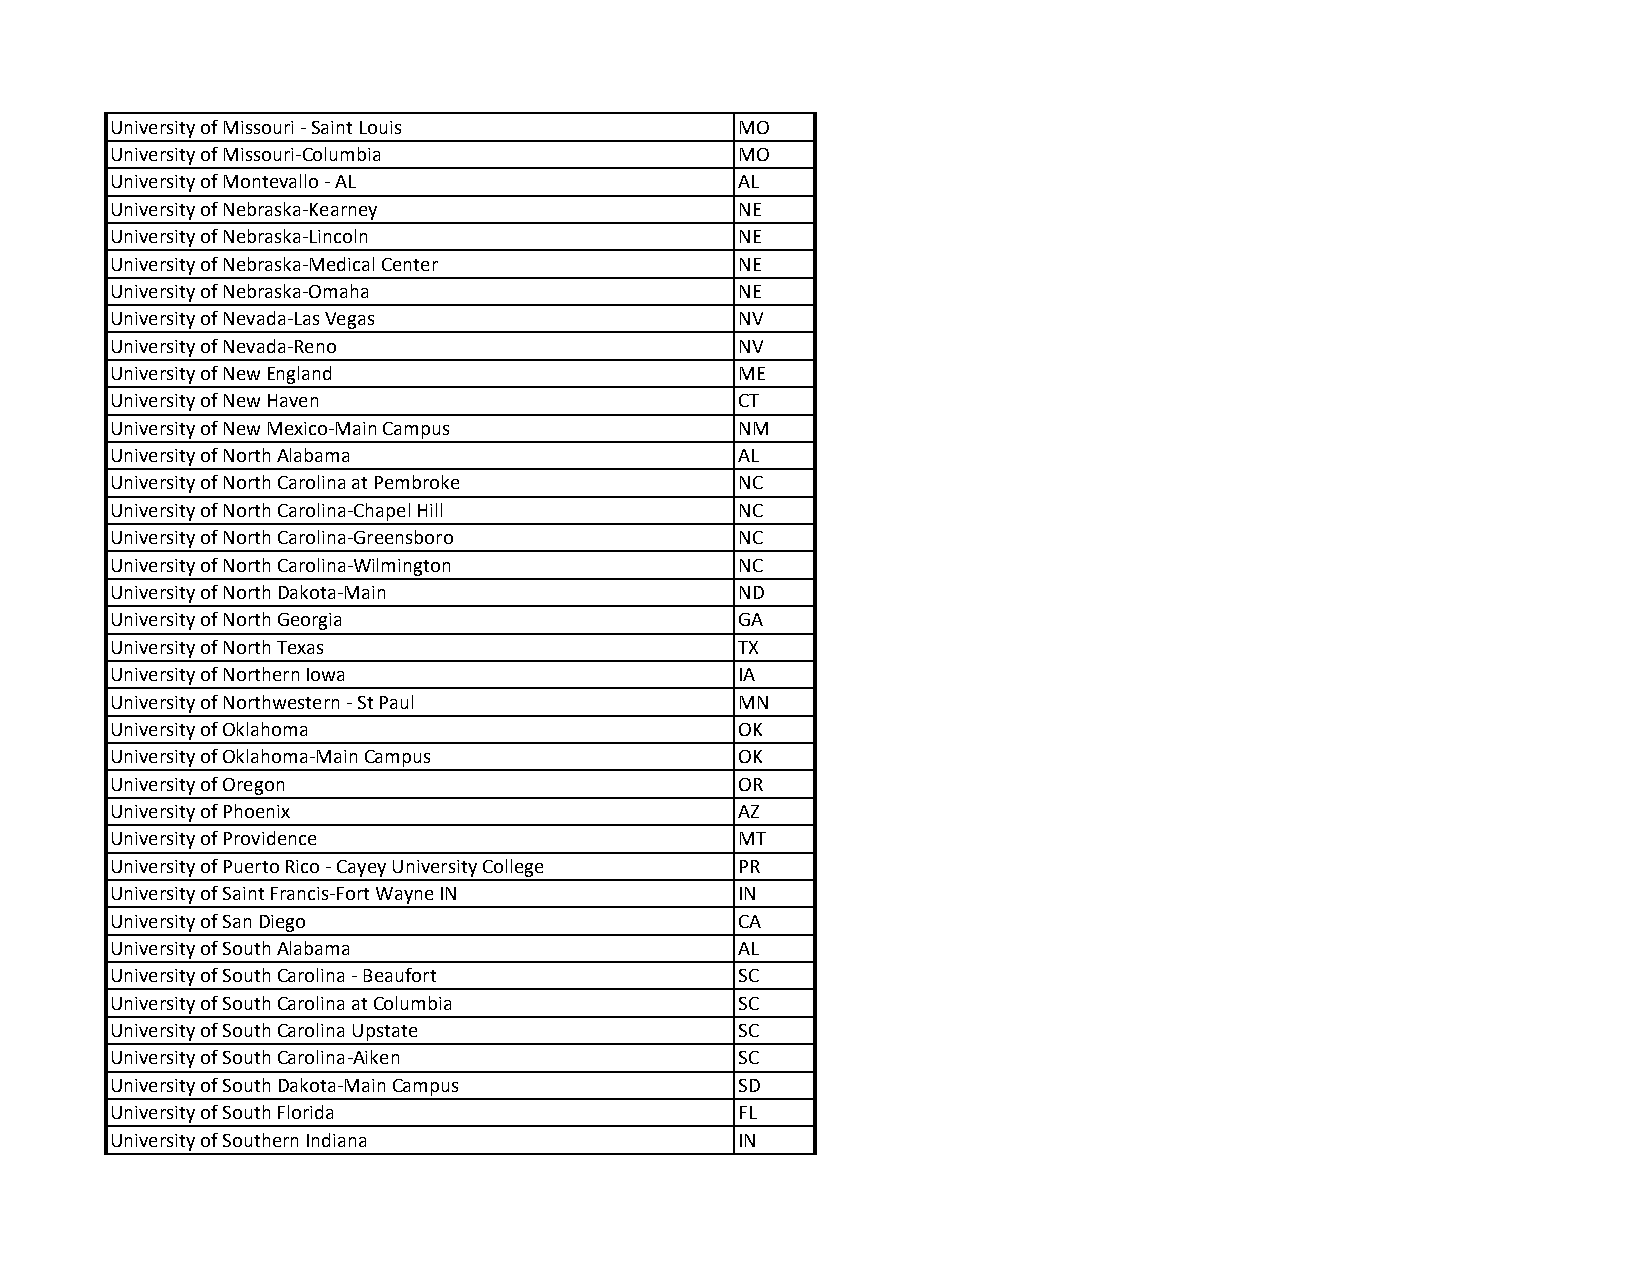
University of Missouri ‐ Saint Louis      MO
 University of Missouri‐Columbia           MO
 University of Montevallo ‐ AL             AL
 University of Nebraska‐Kearney            NE
 University of Nebraska‐Lincoln            NE
 University of Nebraska‐Medical Center     NE
 University of Nebraska‐Omaha              NE
 University of Nevada‐Las Vegas            NV
 University of Nevada‐Reno                 NV
 University of New England                 ME
 University of New Haven                   CT
 University of New Mexico‐Main Campus      NM
 University of North Alabama               AL
 University of North Carolina at Pembroke  NC
 University of North Carolina‐Chapel Hill  NC
 University of North Carolina‐Greensboro   NC
 University of North Carolina‐Wilmington   NC
 University of North Dakota‐Main           ND
 University of North Georgia               GA
 University of North Texas                 TX
 University of Northern Iowa               IA
 University of Northwestern ‐ St Paul      MN
 University of Oklahoma                    OK
 University of Oklahoma‐Main Campus        OK
 University of Oregon                      OR
 University of Phoenix                     AZ
 University of Providence                  MT
 University of Puerto Rico ‐ Cayey University College PR
 University of Saint Francis‐Fort Wayne IN IN
 University of San Diego                   CA
 University of South Alabama               AL
 University of South Carolina ‐ Beaufort   SC
 University of South Carolina at Columbia  SC
 University of South Carolina Upstate      SC
 University of South Carolina‐Aiken        SC
 University of South Dakota‐Main Campus    SD
 University of South Florida               FL
 University of Southern Indiana            IN